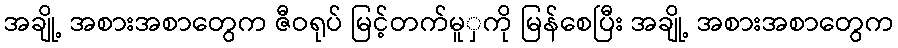
အချို့ အစားအစာတွေက ဇီဝရုပ် မြင့်တက်မူှကို မြန်စေပြီး အချို့ အစားအစာတွေက